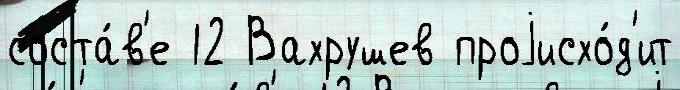
соста́в'е 12 Вахрушев проjисхо́д'ит